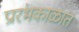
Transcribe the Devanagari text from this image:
प्रारंभकाळात